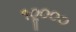
૧૦ૢ૦૦૦